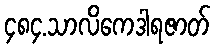
၄၈၄.သာလိကေဒါရဇာတ်